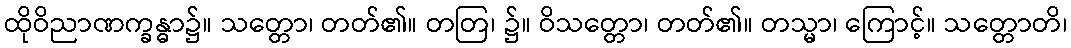
ထိုဝိညာဏက္ခန္ဓာ၌။ သတ္တော၊ တတ်၏။ တတြ၊ ၌။ ဝိသတ္တော၊ တတ်၏။ တသ္မာ၊ ကြောင့်။ သတ္တောတိ၊